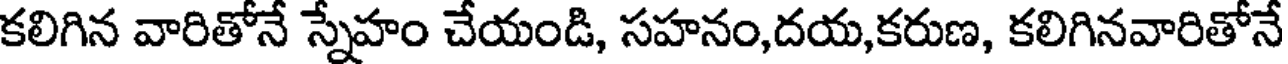
కలిగిన వారితోనే స్నేహం చేయండి, సహనం,దయ,కరుణ, కలిగినవారితోనే